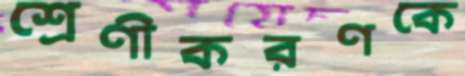
শ্রেণীকরণকে